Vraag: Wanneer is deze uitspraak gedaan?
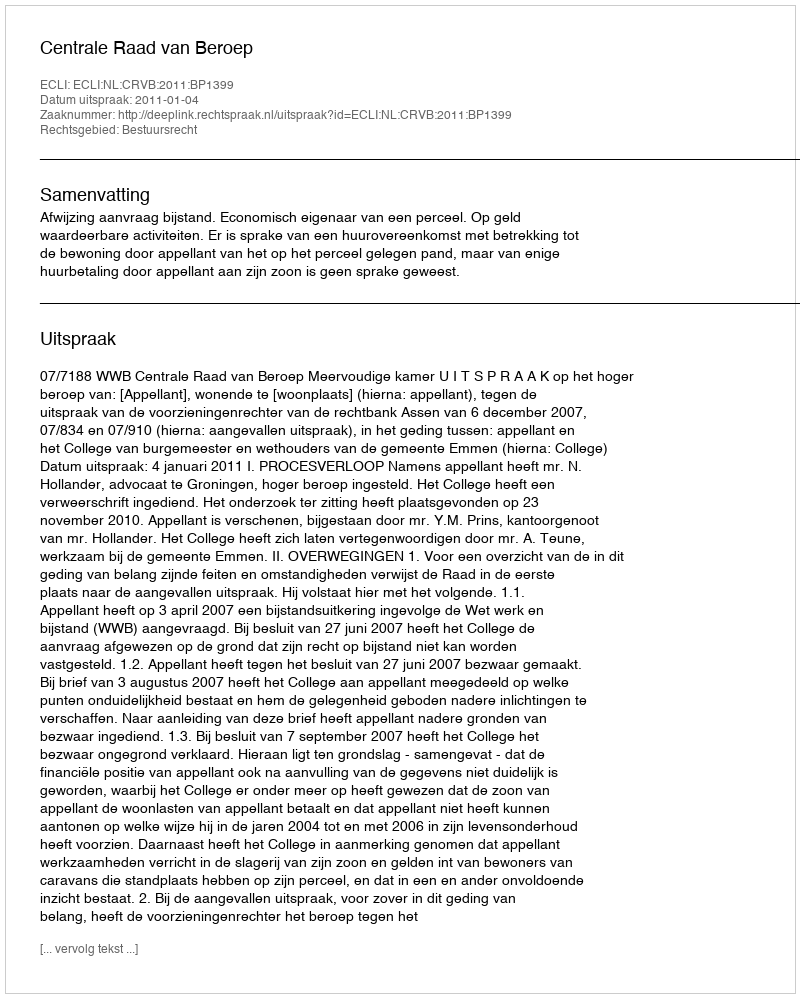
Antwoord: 2011-01-04